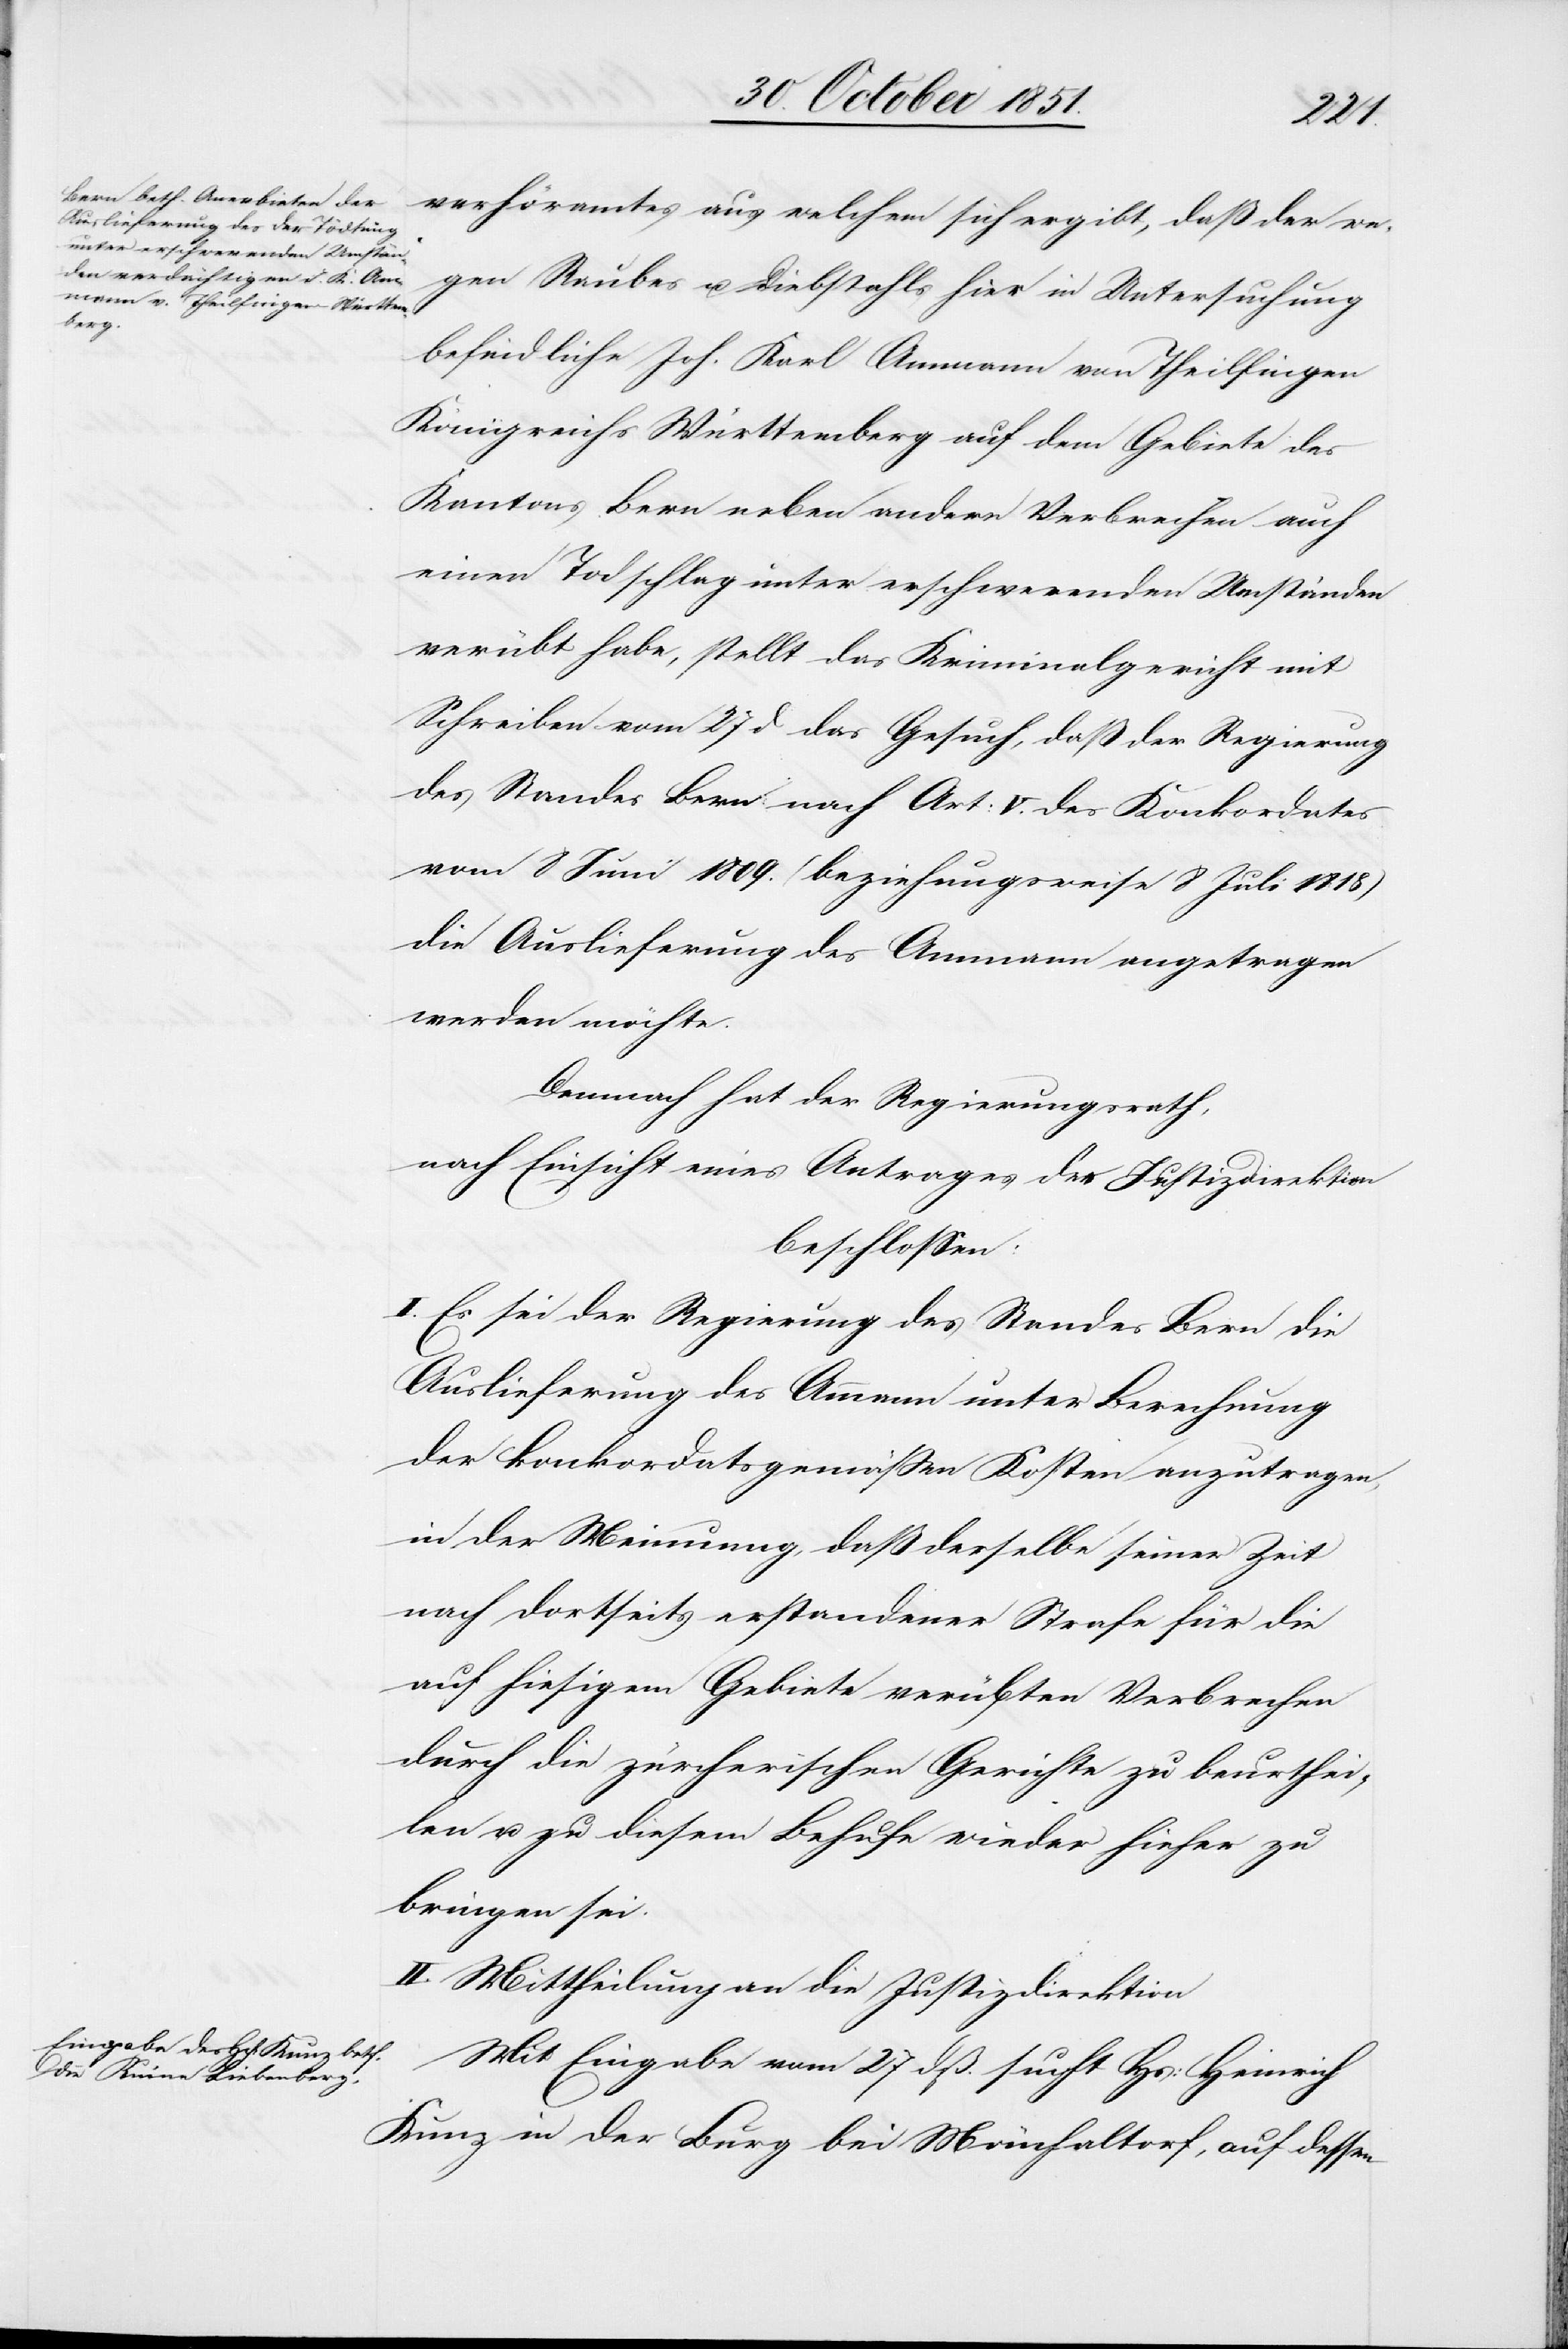
verhöramtes aus welchem sich ergibt, daß der we¬
gen Raubes u. Diebstahls hier in Untersuchung
befindliche Joh. Karl Ammann von Theilfingen
Königreichs Württemberg auf dem Gebiete des
Kantons Bern neben andern Verbrechen auch
einen Todschlag unter erschwerenden Umständen
verübt habe, stellt das Kriminalgericht mit
Schreiben vom 27 d das Gesuch, daß der Regierung
des Standes Bern nach Art: V. des Konkordates
vom 8 Juni 1809. (beziehungsweise 8 Juli 1818)
die Auslieferung des Ammann angetragen
werden möchte.
Demnach hat der Regierungsrath,
nach Einsicht eines Antrages der Justizdirektion
beschlossen:
I. Es sei der Regierung des Standes Bern die
Auslieferung des Ammann unter Berechnung
der konkordatsgemäßen Kosten anzutragen,
in der Meinung, daß derselbe seiner Zeit
nach dortseits erstandener Strafe für die
auf hiesigem Gebiete verübten Verbrechen
durch die zürcherischen Gerichte zu beurthei¬
len u. zu diesem Behufe wieder hieher zu
bringen sei.
II. Mittheilung an die Justizdirektion[.]
Mit Eingabe vom 27 dß. sucht Hs: Heinrich
Kunz in der Burg bei Mönchaltorf, auf dessen